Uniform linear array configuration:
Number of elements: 16
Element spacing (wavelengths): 0.5
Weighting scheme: blackman
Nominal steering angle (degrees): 15
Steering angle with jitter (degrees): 15.362
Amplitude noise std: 0.05
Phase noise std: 0.05

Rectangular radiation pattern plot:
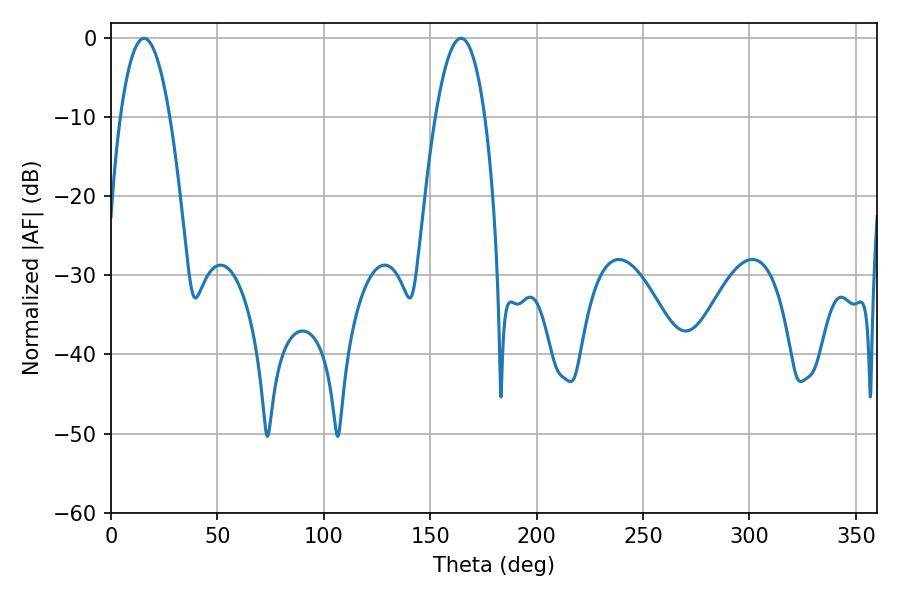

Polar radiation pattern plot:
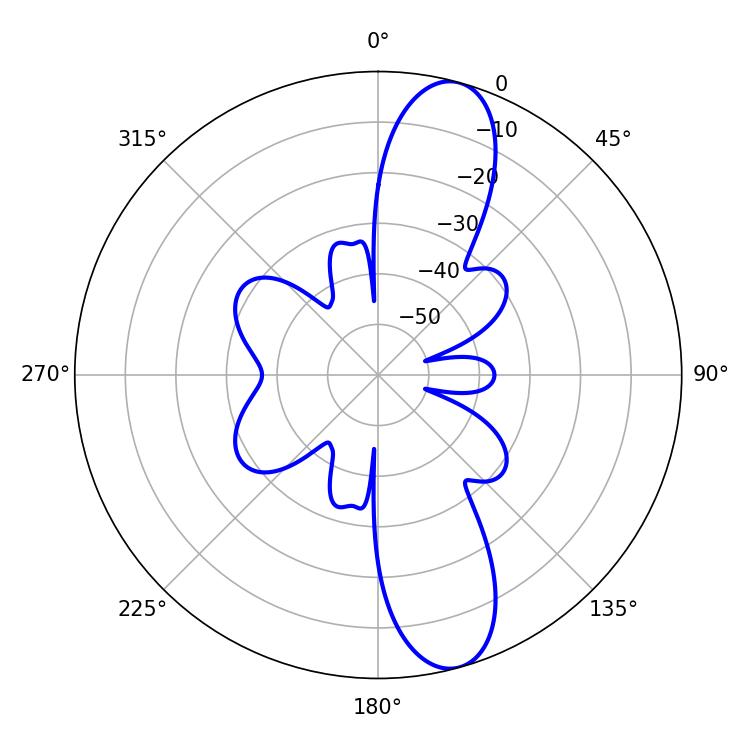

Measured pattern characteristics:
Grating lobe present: FALSE
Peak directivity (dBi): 11.884
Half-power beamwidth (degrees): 12.96
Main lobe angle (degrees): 15.48